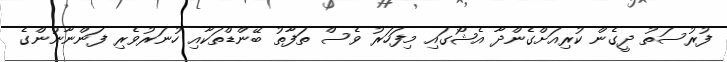
ފުރުސަތު ދީގެން ކުރިއަށްގެންދާ އެޝޯގައި މިފަހަރު ވެސް ތަފާތު ބޭންޑްތަކާއި ހުނަރުވެރި ފަންނާނުންގެ